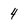
Character: 4